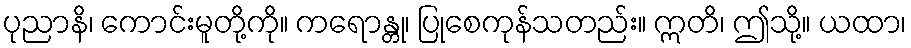
ပုညာနိ၊ ကောင်းမူတို့ကို။ ကရောန္တု၊ ပြုစေကုန်သတည်း။ ဣတိ၊ ဤသို့။ ယထာ၊